Report on the cholera epidemic of
Year: 1868
Disease focus: Cholera
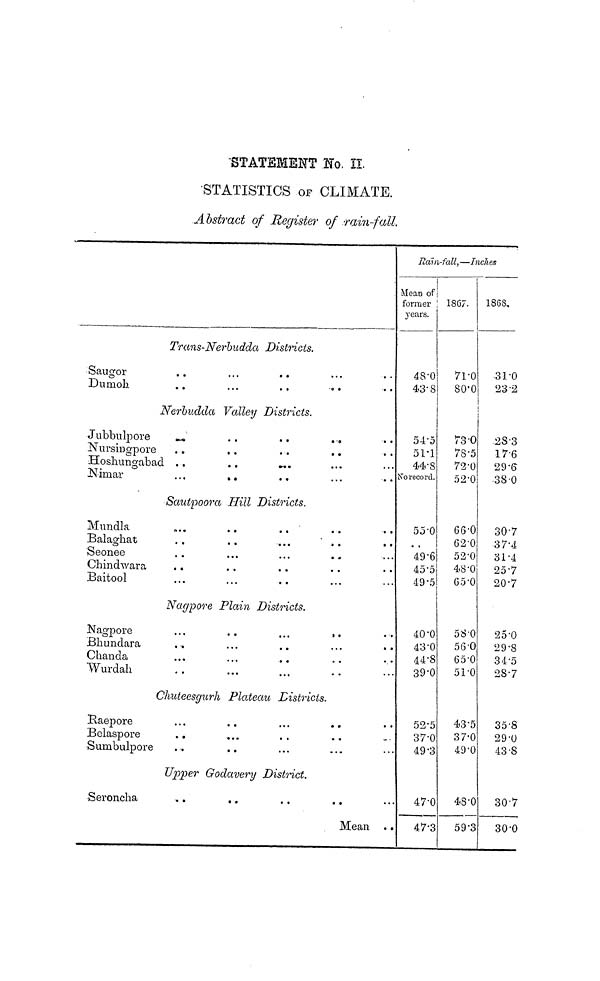
STATEMENT No. II
STATISTICS oF CLIMATE.
Abstract of Register of rain-fall.
Rain-fall,—Inches
Mean of
former
years.
1867.
1868,
Trans-Nerhudda Districts.
Saugor
Dumoh
..
..
...
...
..
..
...
..
...
..
48.0
43.8
71.0
80.0
31.0
23.2
Nerhudda Valley Districts.
Jubbulpore
Nursingpore
Hoshungabad
Nimar
..
..
..
...
..
..
..
..
..
..
...
..
..
..
...
...
..
..
...
..
54.5
51.1
44.8
No record.
73.0
78.5
72.0
52.0
28.3
17.6
29.6
38.0
Sautpoora Hill Districts.
Mundla
Balaghat
Seonee
Chindwara
Baitool
...
..
..
..
...
..
...
...
..
...
..
...
...
..
..
..
..
..
..
...
..
..
...
..
...
55.0
..
49.6
45.5
49.5
66.0
62.0
52.0
48.0
65.0
30.7
37.4
31.4
25.7
20.7
Nagpore Plain Districts.
Nagpore
Bhundara
Chanda
Wurdah
...
..
...
..
..
...
...
...
• • •
..
..
..
..
...
..
..
..
..
..
...
40.0
43.0
44.8
39.0
58.0
56. 0
65.0
51.0
25.0
29.8
34.5
28.7
Chuteesgurh Plateau
Districts.
Raepore
Belaspore
Sumbulpore
...
..
..
..
...
..
...
..
...
..
..
•••
..
..
...
52.5
37.0
49.3
43.5
37.0
49.0
35.8
29.0
43.8
Upper Godavery District.
Seroncha
••
..
..
..
Mean
...
..
47.0
47.3
48.0
59.3
30.7
30.0